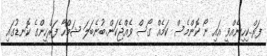
ފަރް..ކިހިނެއްވީ އައި ނޯ ކޮންމެސް ކަމެއް ގޯސް ވެއްޖެކަން..ބުނެބަލަ ޝަމްހާ ފަރްހީންގެ ކޮނޑުގައި